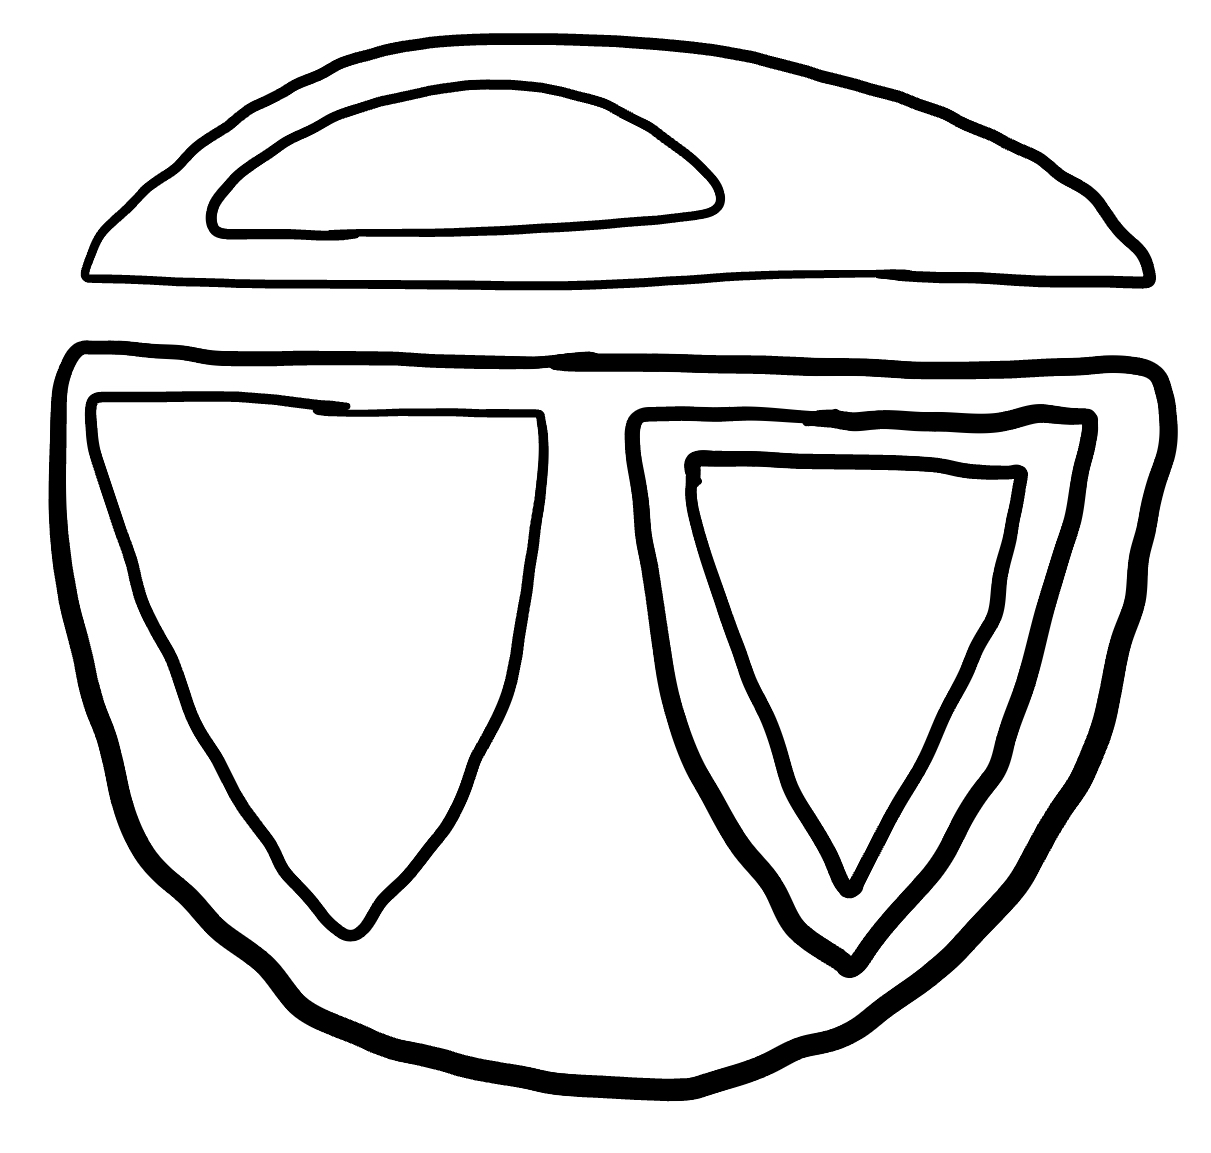
Number of regions (including the outer root region): 7
Containment tree edges (parent, child): 0, 1, 0, 5, 1, 2, 1, 4, 2, 3, 5, 6